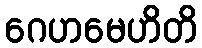
ဂေဟမေဟိတိ